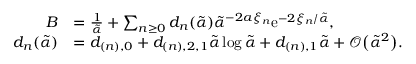
\begin{array} { r l } { B } & { = \frac { 1 } { \tilde { \alpha } } + \sum _ { n \ge 0 } d _ { n } ( \tilde { \alpha } ) \tilde { \alpha } ^ { - 2 a \xi _ { n } } \mathrm { e } ^ { - 2 \xi _ { n } / \tilde { \alpha } } , } \\ { d _ { n } ( \tilde { \alpha } ) } & { = d _ { ( n ) , 0 } + d _ { ( n ) , 2 , 1 } \tilde { \alpha } \log \tilde { \alpha } + d _ { ( n ) , 1 } \tilde { \alpha } + \mathcal { O } \big ( \tilde { \alpha } ^ { 2 } \big ) . } \end{array}